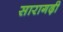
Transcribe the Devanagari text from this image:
सारागढ़ी